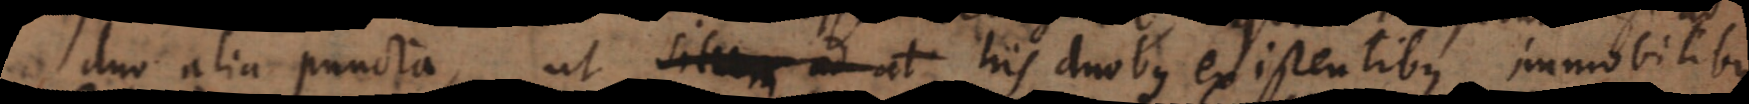
duo alia puncta, ut situm ad al his duobus existentibus immobilibus